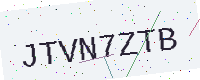
Text: JTVN7ZTB